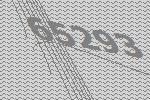
65293